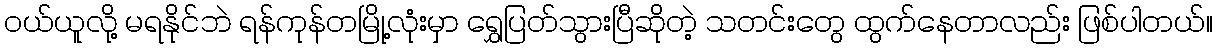
ဝယ်ယူလို့ မရနိုင်ဘဲ ရန်ကုန်တမြို့လုံးမှာ ရွှေပြတ်သွားပြီဆိုတဲ့ သတင်းတွေ ထွက်နေတာလည်း ဖြစ်ပါတယ်။